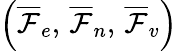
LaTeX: \left(\overline{\mathcal{F}}_{e},\, \overline{\mathcal{F}}_{n},\, \overline{\mathcal{F}}_{v}\right)